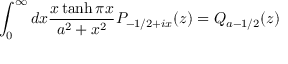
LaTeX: \int _ { 0 } ^ { \infty } d x \frac { x \operatorname { t a n h } \pi x } { a ^ { 2 } + x ^ { 2 } } P _ { - 1 / 2 + i x } ( z ) = Q _ { a - 1 / 2 } ( z )